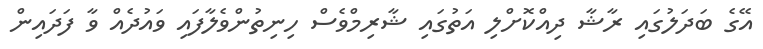
އޭގެ ބަދަލުގައި ރާޝާ ދިއްކޮށްލި އަތުގައި ޝާރިމްވެސް ހިނިތުންވެލާފައި ވައުދެއް ވާ ފަދައިން